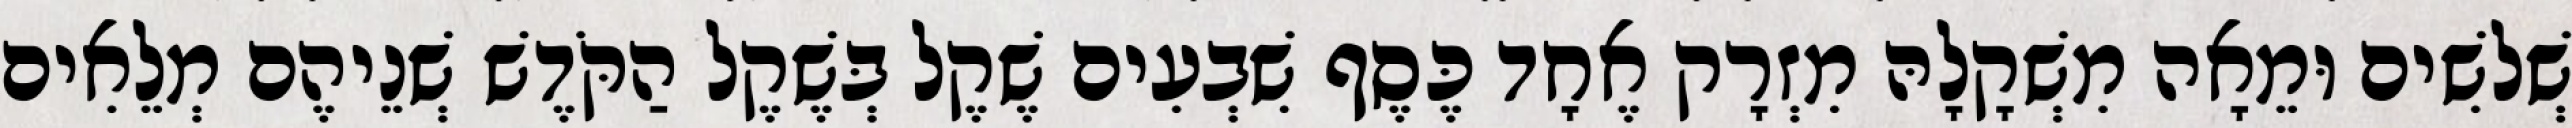
שְׁלשִׁים וּמֵאָה מִשְׁקָלָהּ מִזְרָק אֶחָד כֶּסֶף שִׁבְעִים שֶׁקֶל בְּשֶׁקֶל הַקֹּדֶשׁ שְׁנֵיהֶם מְלֵאִים